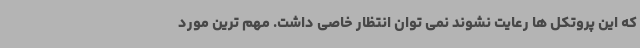
که این پروتکل ها رعایت نشوند نمی توان انتظار خاصی داشت. مهم ترین مورد